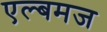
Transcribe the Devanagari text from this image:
एल्बमज